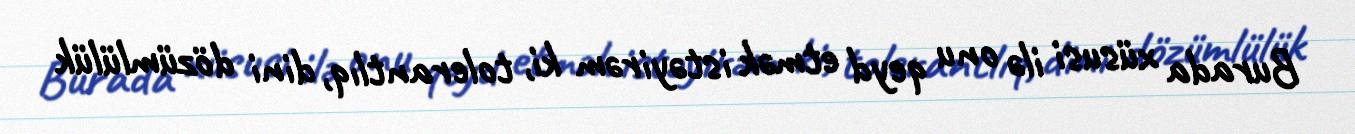
Burada xüsusi ilə onu qeyd etmək istəyirəm ki, tolerantlıq, dini dözümlülük